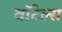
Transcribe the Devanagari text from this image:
वॉटेल्स